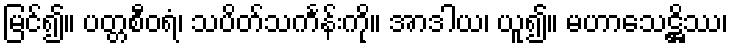
မြင်၍။ ပတ္တစီဝရံ၊ သပိတ်သင်္ကန်းကို။ အာဒါယ၊ ယူ၍။ မဟာသေဋ္ဌိဿ၊